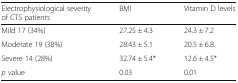
<table><thead><tr><td><b>Electrophysiological severity of CTS patients</b></td><td><b>BMI</b></td><td><b>Vitamin D levels</b></td></tr></thead><tbody><tr><td>Mild 17 (34%)</td><td>27.25 ± 4.3</td><td>24.3 ± 7.2</td></tr><tr><td>Moderate 19 (38%)</td><td>28.43 ± 5.1</td><td>20.5 ± 6.8</td></tr><tr><td>Severe 14 (28%)</td><td>32.74 ± 5.4*</td><td>12.6 ± 4.5*</td></tr><tr><td><i>p</i> value</td><td>0.03</td><td>0.01</td></tr></tbody></table>